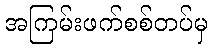
အကြမ်းဖက်စစ်တပ်မှ